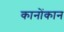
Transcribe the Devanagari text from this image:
कानोंकान